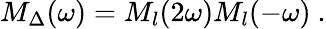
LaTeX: M_{\Delta}(\omega)=M_{l}(2\omega)M_{l}(-\omega)\ .